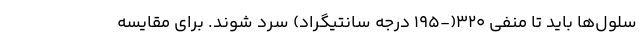
سلول‌ها باید تا منفی ۳۲۰(-۱۹۵ درجه سانتیگراد) سرد شوند. برای مقایسه